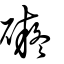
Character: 礙